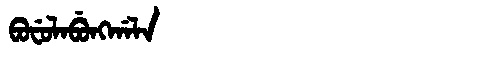
Manchu: ᠪᠣᠸᡠᠯᠠᠪᡠᠩᡤᠠᠯᠠ
Romanization: BOFULABUNGGALA